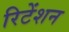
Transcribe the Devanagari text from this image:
रिटेंशन